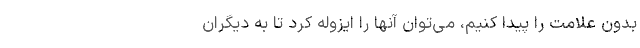
بدون علامت را پیدا کنیم، می‌توان آنها را ایزوله کرد تا به دیگران